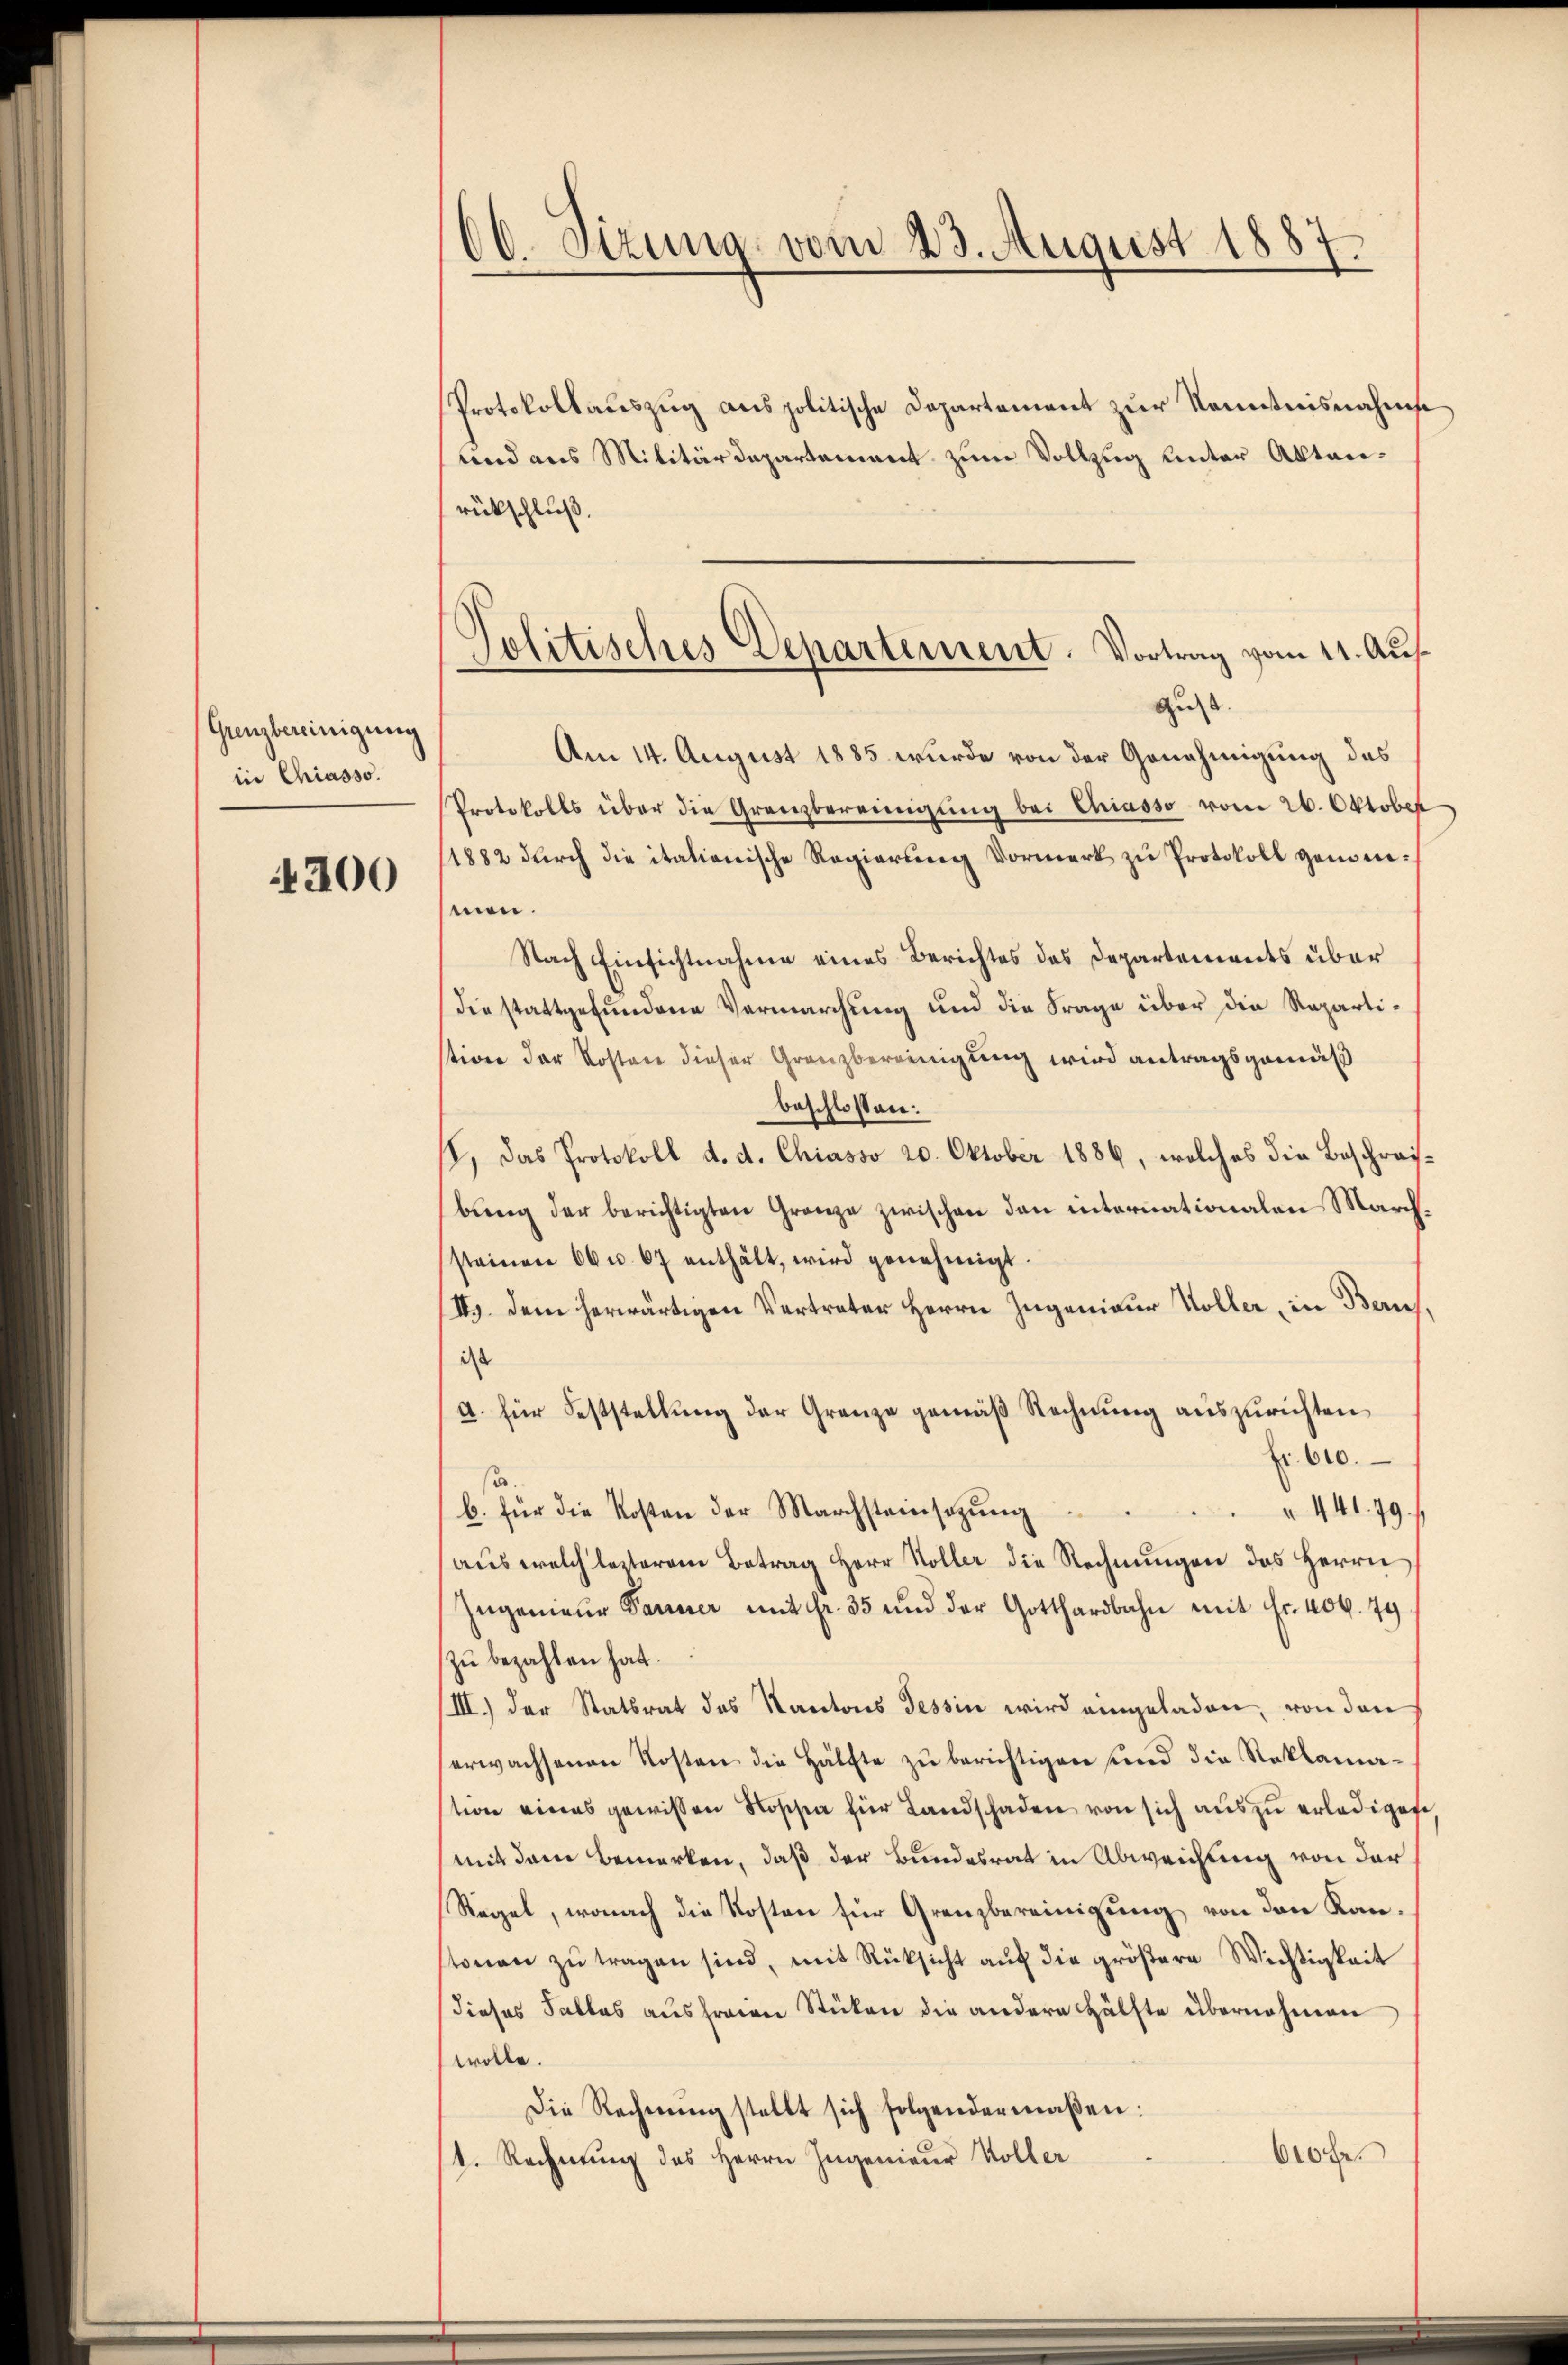
Gunzbereinigung
in Chiasso.

4200

60. Sizung vom 23. August 1887.

Protokollauszug aus politische Departement zur Kenntnisnahms
tend aus Militärdepartement zum Vollzug unter Aktenrückschluß.
Am 14. August 1885 wurde von der Genehmigung des
Protokolls über die Grenzbereinigung bei Chiasso vom 26. Oktober
11882 durch die italienische Regierung Vormerk zu Protokoll genommen.
Nach Einsichtnahme eines Berichtes des Departements über
die stattgefundene Vermarchung und die Frage über die Repartistion der Kosten dieser Granzbereinigung wird antragsgemäß
beschlossen:
I. Das Protokoll d. d. Chiasso 20. Oktober 1886, welches die Beschräfbŭng der berichtigten Granze zwischen den internationalen Marchsteinen 66 u. 67 enthält, wird genehmigt.
II). Dem herwärtigen Vertreter Herrn Ingenieur Voller, in Bern
ist
d. für Feststellung der Grenze gemäß Rechnung auszurichten
fr. 610.
s
b. für die Kosten der Marchsteinsatzung
 441. 79.
aus welch leiterem Betrag Herr Koller die Rechnungen das Herrn
Ingenieur Farner mit fr. 35 und der Gotthardbahn mit Fr. 406. 79.
zu bezahlen hat.
III.) der Statsrat des Kantons Tessin wird eingeladen, von den
erwachsenen Kosten die Hälfte zu berichtigen und die Reklamation eines gewissen Roschen für Landschaden von sich aus zu erledigene
(mit dem Bemerken, daß der Bundesrat in Abweichung von der
Regel, wonach die Kosten für Grenzbereinigung von den Kantonen zŭ tragen sind, mit Rüksicht aŭf die größere Wichtigkeit
dieses Falles ausfreien Stücken die andere Hälfte übernehmen
wolle.
Die Rechnŭng stellt sich folgendermaßen:
60fr.
1. Rechnung des Herrn Ingenieur Koller

Politisches Departement. Vortrag vom 11. Aus¬
Gust